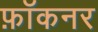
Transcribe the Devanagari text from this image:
फ़ॉकनर